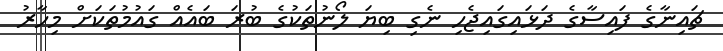
ޗައިނާގެ ފައިސާގެ ދަޅައިގައިޖެހި ނެގި ބިޔަ ލޯނުތަކުގެ ބުރަ ބައެއް ގައުމުތަކަށް މިހާރު